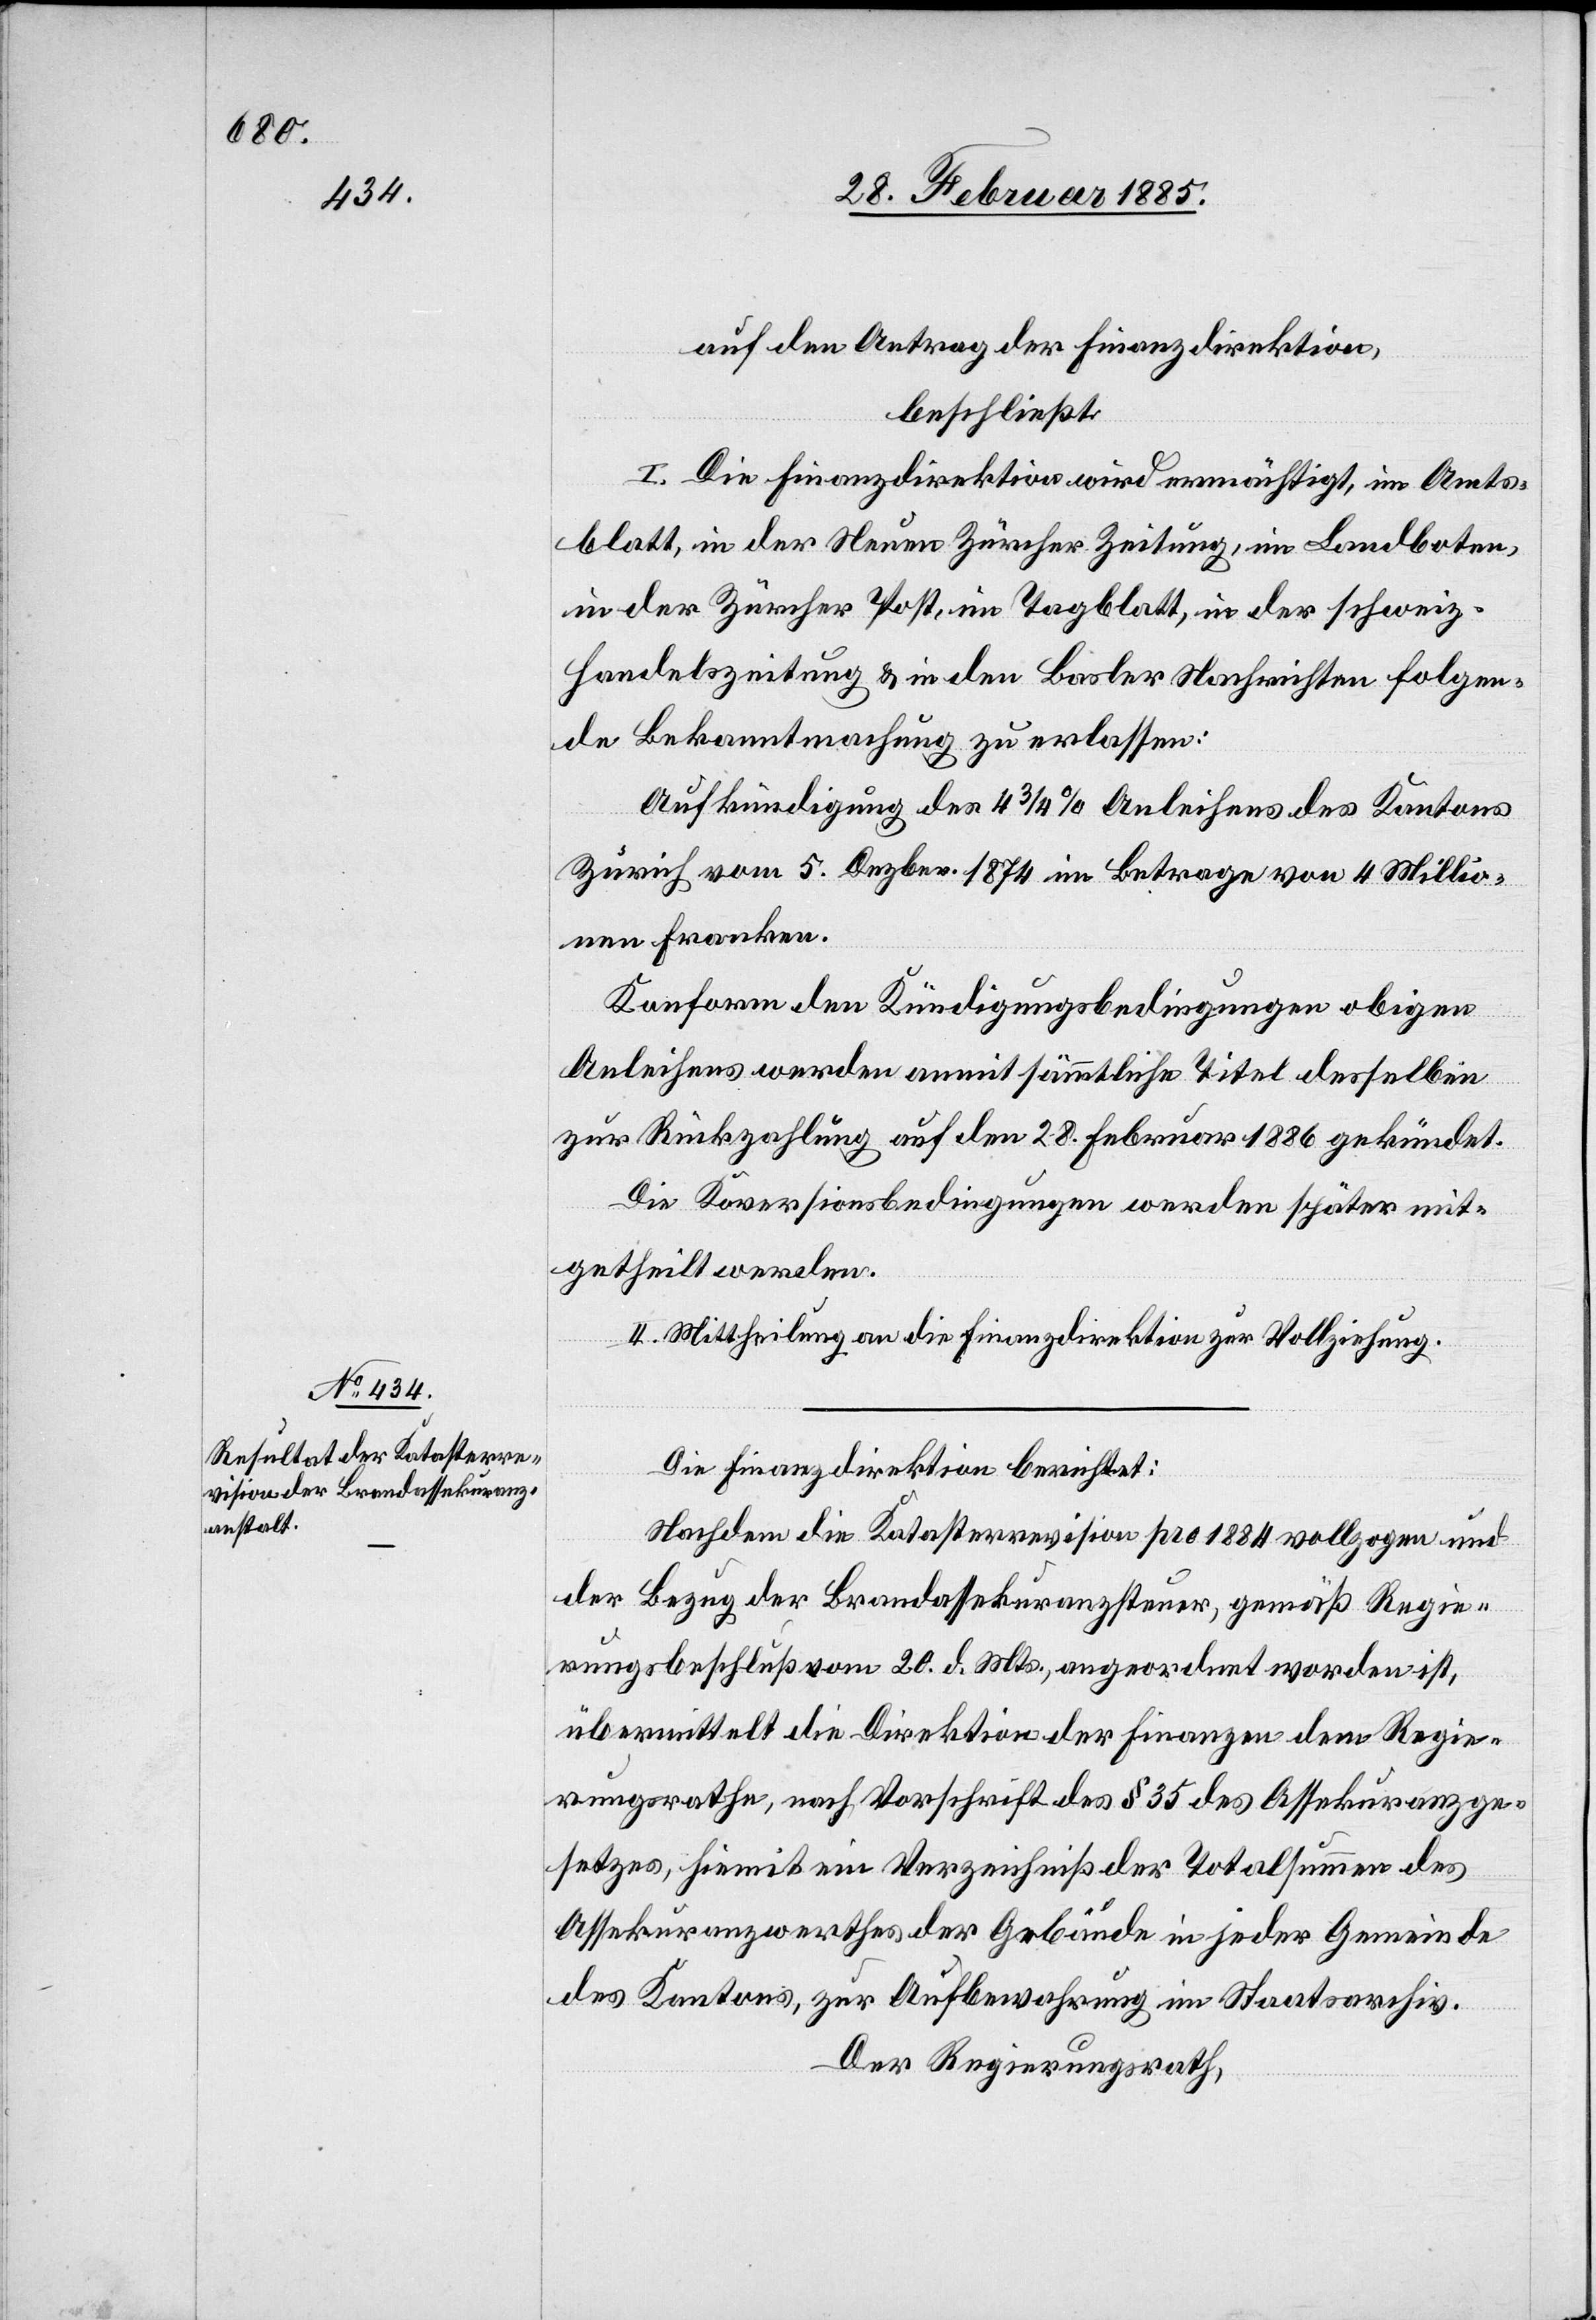
auf den Antrag der Finanzdirektion,
beschließt:
I. Die Finanzdirektion wird ermächtigt, im Amts¬
blatt, in der Neuen Zürcher Zeitung, im Landboten,
in der Zürcher Post, im Tagblatt, in der schweiz.
Handelszeitung & in den Basler Nachrichten folgen¬
de Bekanntmachung zu erlassen:
Aufkündigung des 4 3/4% Anleihens des Kantons
Zürich vom 5. Dezber. 1874 im Betrage von 4 Millio¬
nen Franken.
Konform den Kündigungsbedingungen obigen
Anleihens werden anmit sämmtliche Titel desselben
zur Rückzahlung auf den 28. Februar 1886 gekündet.
Die Ko[n]versionsbedingungen werden später mit¬
getheilt werden.
II. Mittheilung an die Finanzdirektion zur Vollziehung.
Die Finanzdirektion berichtet:
Nachdem die Katasterrevision pro 1884 vollzogen und
der Bezug der Brandassekuranzsteuer, gemäß Regie¬
rungsbeschluß vom 20. d. Mts. angeordnet worden ist,
übermittelt die Direktion der Finanzen dem Regie¬
rungsrathe, nach Vorschrift des § 35 des Assekuranzge¬
setzes, hiemit ein Verzeichniß der Totalsumme des
Assekuranzwerthes der Gebäude in jeder Gemeinde
des Kantons, zur Aufbewahrung im Staatsarchiv.
Der Regierungsrath,